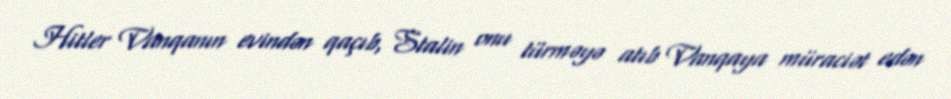
Hitler Vanqanın evindən qaçıb, Stalin onu türməyə atıb Vanqaya müraciət edən